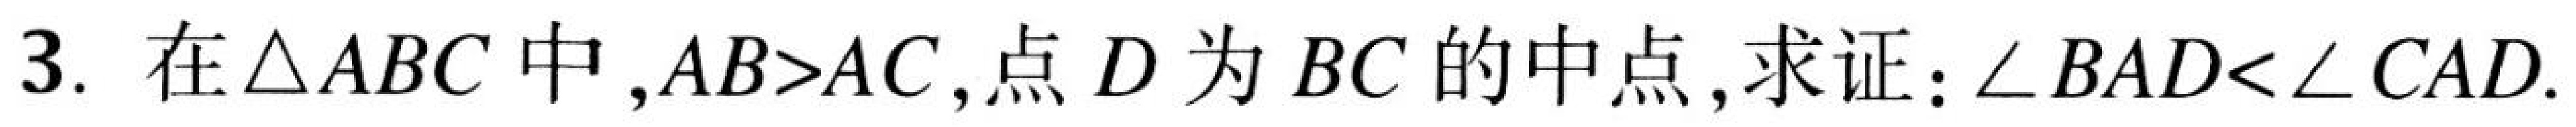
3. 在$\triangle ABC$中,$AB>AC$,点$D$为$BC$的中点,求证：$\angle BAD<\angle CAD$.